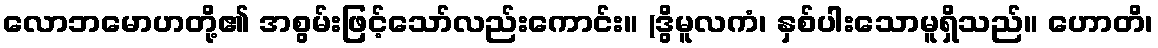
လောဘမောဟတို့၏ အစွမ်းဖြင့်သော်လည်းကောင်း။ (ဒွိမူလကံ၊ နှစ်ပါးသောမူရှိသည်။ ဟောတိ၊